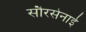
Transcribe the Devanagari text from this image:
सौरसेनाई